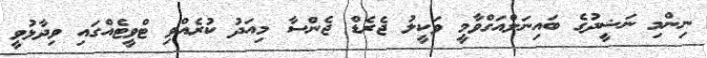
ނިންމި ނަޝީދުގެ ބައިނަލްއަގްވާމީ ވަކީލު ޖެރެޑް ޖެންސާ މިއަދު ކުރެއްވި ޓްވީޓެއްގައި ވިދާޅުވީ